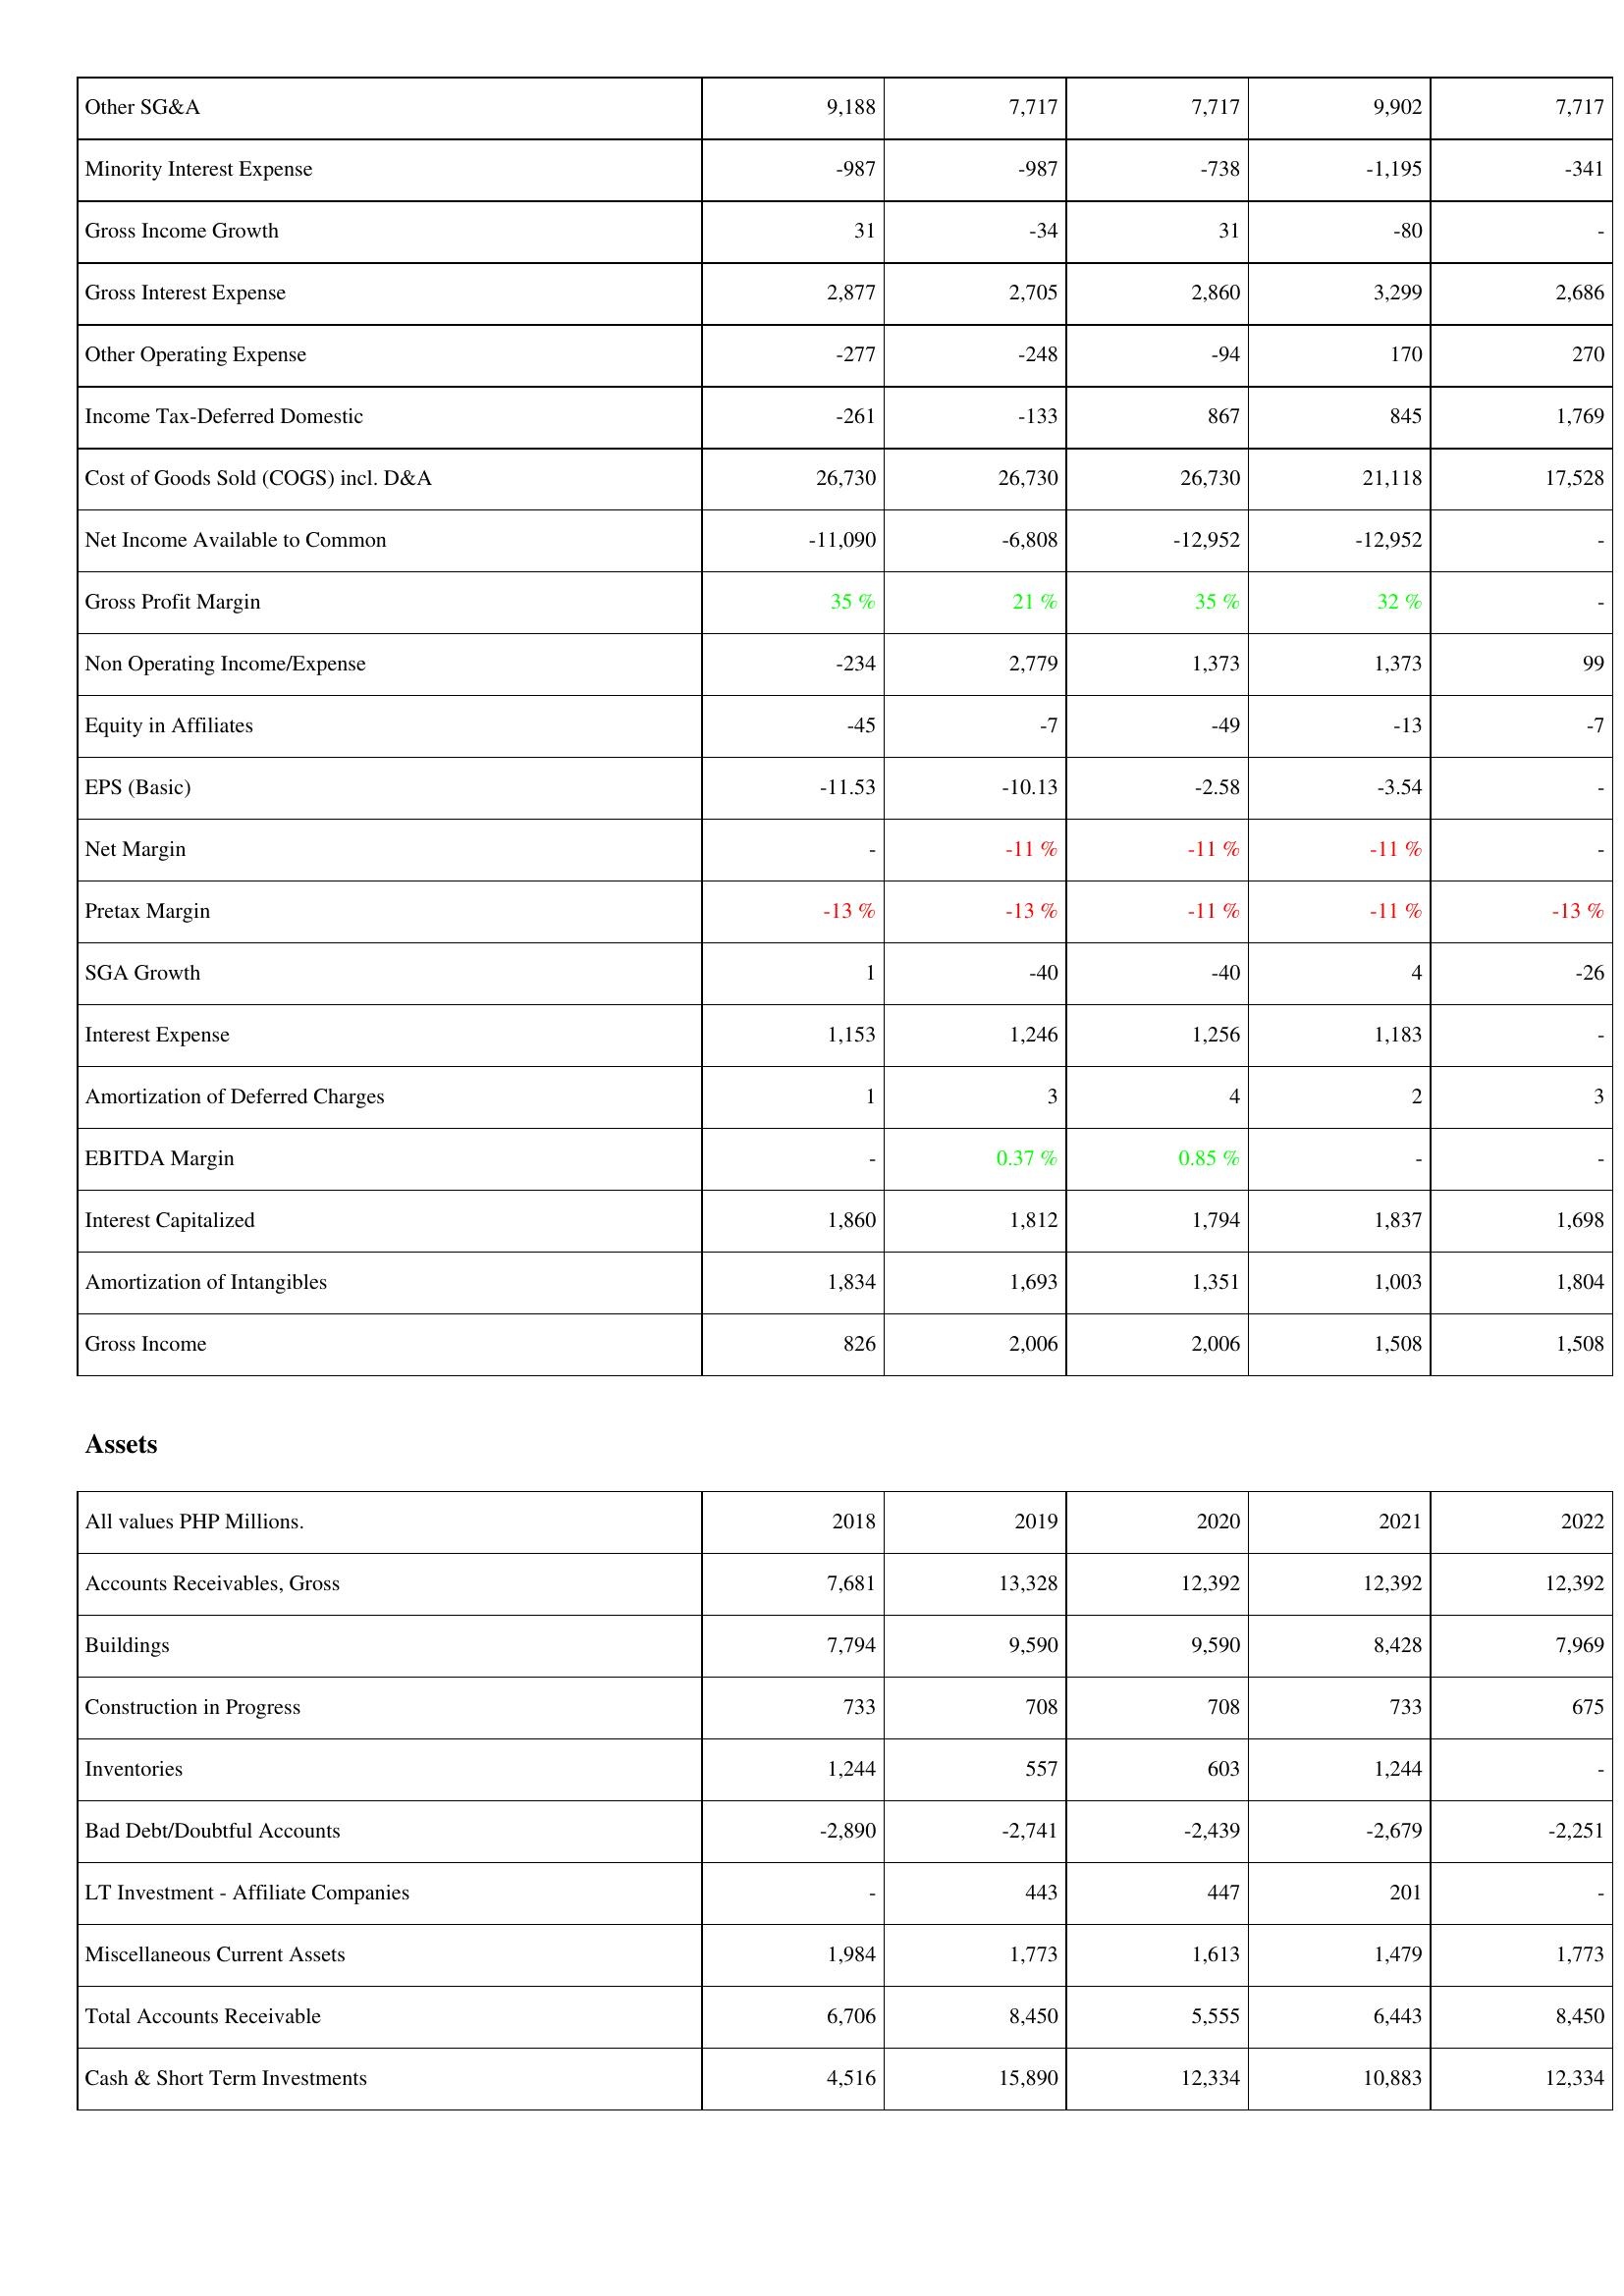
2018: Income Statement: Other SG&A: 9,188
Minority Interest Expense: -987
Gross Income Growth: 31
Gross Interest Expense: 2,877
Other Operating Expense: -277
Income Tax-Deferred Domestic: -261
Cost of Goods Sold (COGS) incl. D&A: 26,730
Net Income Available to Common: -11,090
Gross Profit Margin: 35 %
Non Operating Income/Expense: -234
Equity in Affiliates: -45
EPS (Basic): -11.53
Net Margin: -
Pretax Margin: -13 %
SGA Growth: 1
Interest Expense: 1,153
Amortization of Deferred Charges: 1
EBITDA Margin: -
Interest Capitalized: 1,860
Amortization of Intangibles: 1,834
Gross Income: 826
Assets: Accounts Receivables, Gross: 7,681
Buildings: 7,794
Construction in Progress: 733
Inventories: 1,244
Bad Debt/Doubtful Accounts: -2,890
LT Investment - Affiliate Companies: -
Miscellaneous Current Assets: 1,984
Total Accounts Receivable: 6,706
Cash & Short Term Investments: 4,516
2019: Income Statement: Other SG&A: 7,717
Minority Interest Expense: -987
Gross Income Growth: -34
Gross Interest Expense: 2,705
Other Operating Expense: -248
Income Tax-Deferred Domestic: -133
Cost of Goods Sold (COGS) incl. D&A: 26,730
Net Income Available to Common: -6,808
Gross Profit Margin: 21 %
Non Operating Income/Expense: 2,779
Equity in Affiliates: -7
EPS (Basic): -10.13
Net Margin: -11 %
Pretax Margin: -13 %
SGA Growth: -40
Interest Expense: 1,246
Amortization of Deferred Charges: 3
EBITDA Margin: 0.37 %
Interest Capitalized: 1,812
Amortization of Intangibles: 1,693
Gross Income: 2,006
Assets: Accounts Receivables, Gross: 13,328
Buildings: 9,590
Construction in Progress: 708
Inventories: 557
Bad Debt/Doubtful Accounts: -2,741
LT Investment - Affiliate Companies: 443
Miscellaneous Current Assets: 1,773
Total Accounts Receivable: 8,450
Cash & Short Term Investments: 15,890
2020: Income Statement: Other SG&A: 7,717
Minority Interest Expense: -738
Gross Income Growth: 31
Gross Interest Expense: 2,860
Other Operating Expense: -94
Income Tax-Deferred Domestic: 867
Cost of Goods Sold (COGS) incl. D&A: 26,730
Net Income Available to Common: -12,952
Gross Profit Margin: 35 %
Non Operating Income/Expense: 1,373
Equity in Affiliates: -49
EPS (Basic): -2.58
Net Margin: -11 %
Pretax Margin: -11 %
SGA Growth: -40
Interest Expense: 1,256
Amortization of Deferred Charges: 4
EBITDA Margin: 0.85 %
Interest Capitalized: 1,794
Amortization of Intangibles: 1,351
Gross Income: 2,006
Assets: Accounts Receivables, Gross: 12,392
Buildings: 9,590
Construction in Progress: 708
Inventories: 603
Bad Debt/Doubtful Accounts: -2,439
LT Investment - Affiliate Companies: 447
Miscellaneous Current Assets: 1,613
Total Accounts Receivable: 5,555
Cash & Short Term Investments: 12,334
2021: Income Statement: Other SG&A: 9,902
Minority Interest Expense: -1,195
Gross Income Growth: -80
Gross Interest Expense: 3,299
Other Operating Expense: 170
Income Tax-Deferred Domestic: 845
Cost of Goods Sold (COGS) incl. D&A: 21,118
Net Income Available to Common: -12,952
Gross Profit Margin: 32 %
Non Operating Income/Expense: 1,373
Equity in Affiliates: -13
EPS (Basic): -3.54
Net Margin: -11 %
Pretax Margin: -11 %
SGA Growth: 4
Interest Expense: 1,183
Amortization of Deferred Charges: 2
EBITDA Margin: -
Interest Capitalized: 1,837
Amortization of Intangibles: 1,003
Gross Income: 1,508
Assets: Accounts Receivables, Gross: 12,392
Buildings: 8,428
Construction in Progress: 733
Inventories: 1,244
Bad Debt/Doubtful Accounts: -2,679
LT Investment - Affiliate Companies: 201
Miscellaneous Current Assets: 1,479
Total Accounts Receivable: 6,443
Cash & Short Term Investments: 10,883
2022: Income Statement: Other SG&A: 7,717
Minority Interest Expense: -341
Gross Income Growth: -
Gross Interest Expense: 2,686
Other Operating Expense: 270
Income Tax-Deferred Domestic: 1,769
Cost of Goods Sold (COGS) incl. D&A: 17,528
Net Income Available to Common: -
Gross Profit Margin: -
Non Operating Income/Expense: 99
Equity in Affiliates: -7
EPS (Basic): -
Net Margin: -
Pretax Margin: -13 %
SGA Growth: -26
Interest Expense: -
Amortization of Deferred Charges: 3
EBITDA Margin: -
Interest Capitalized: 1,698
Amortization of Intangibles: 1,804
Gross Income: 1,508
Assets: Accounts Receivables, Gross: 12,392
Buildings: 7,969
Construction in Progress: 675
Inventories: -
Bad Debt/Doubtful Accounts: -2,251
LT Investment - Affiliate Companies: -
Miscellaneous Current Assets: 1,773
Total Accounts Receivable: 8,450
Cash & Short Term Investments: 12,334